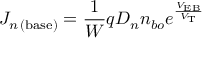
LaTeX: J _ { n \, ( { \mathrm { b a s e } } ) } = { \frac { 1 } { W } } q D _ { n } n _ { b o } e ^ { \frac { V _ { \mathrm { E B } } } { V _ { \mathrm { T } } } }